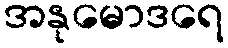
အနုမောဒရေ